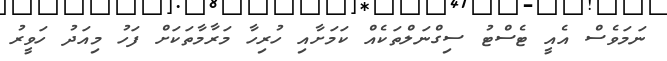
ނަމަވެސް އެއީ ޓެސްޓު ސިގްނަލްތަކެއް ކަމަށާއި ހުރިހާ މަރާމާތަކަށް ފަހު މިއަދު ހަވީރު